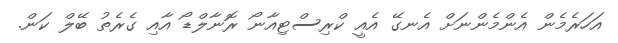
އަހަރެމެން އެންމެންނަށް އެނގޭ އެއީ ކްރިސްޓިއާނޯ ރޮނާލްޑޯ އާއި ގެރެތު ބޭލް ކަން.